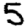
Digit: 5